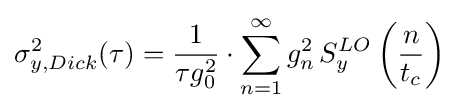
\sigma _{y,Dick}^{2}(\tau )={1 \over {\tau g_{0}^{2}}}\cdot {\sum _{n=1}^{\infty }{g_{n}^{2}\,S_{y}^{LO}\left({n \over t_{c}}\right)}}